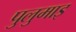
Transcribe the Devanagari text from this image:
पुलुमाइ